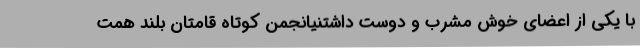
با یکی از اعضای خوش مشرب و دوست داشتنیانجمن کوتاه قامتان بلند همت